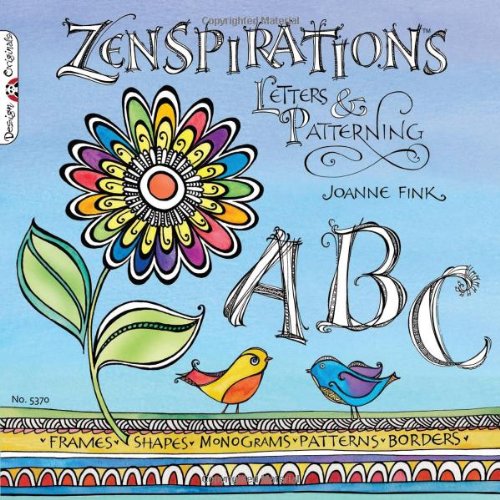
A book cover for Zenspirations: Letters & Patterning; Joanne Fink; Arts & Photography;